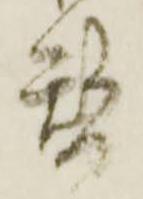
替